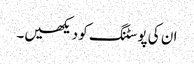
ان کی پوسٹنگ کو دیکھیں۔